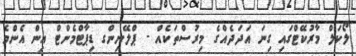
ލޯކަލް މާރުކޭޓްގައި ގިނަ އަދަދެއްގެ މިރުސްތަކެއް - ޕްލޭނިންގ ޑިޕާޓްމެންޓް އިން އެންމެ